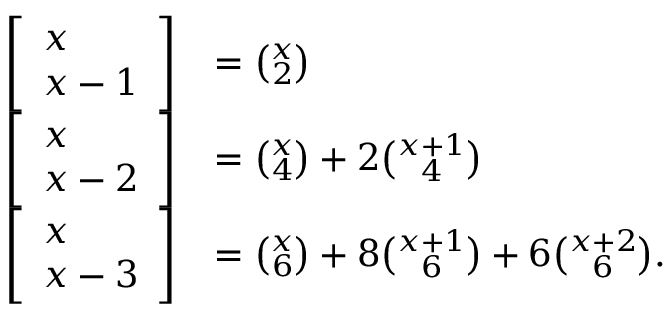
{ \begin{array} { r l } { \left[ { \begin{array} { l } { x } \\ { x - 1 } \end{array} } \right] } & { = { \binom { x } { 2 } } } \\ { \left[ { \begin{array} { l } { x } \\ { x - 2 } \end{array} } \right] } & { = { \binom { x } { 4 } } + 2 { \binom { x + 1 } { 4 } } } \\ { \left[ { \begin{array} { l } { x } \\ { x - 3 } \end{array} } \right] } & { = { \binom { x } { 6 } } + 8 { \binom { x + 1 } { 6 } } + 6 { \binom { x + 2 } { 6 } } . } \end{array} }